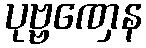
ပုဗ္ဗဏှေန